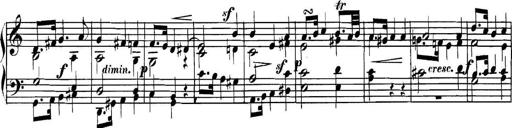
Title: Collected Piano Sonatas
Composer: Muzio Clementi